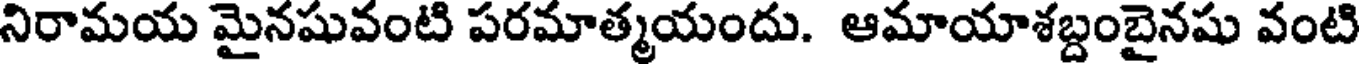
నిరామయ మైనషువంటి పరమాత్మయందు. ఆమాయాశబ్దంబైనషు వంటి